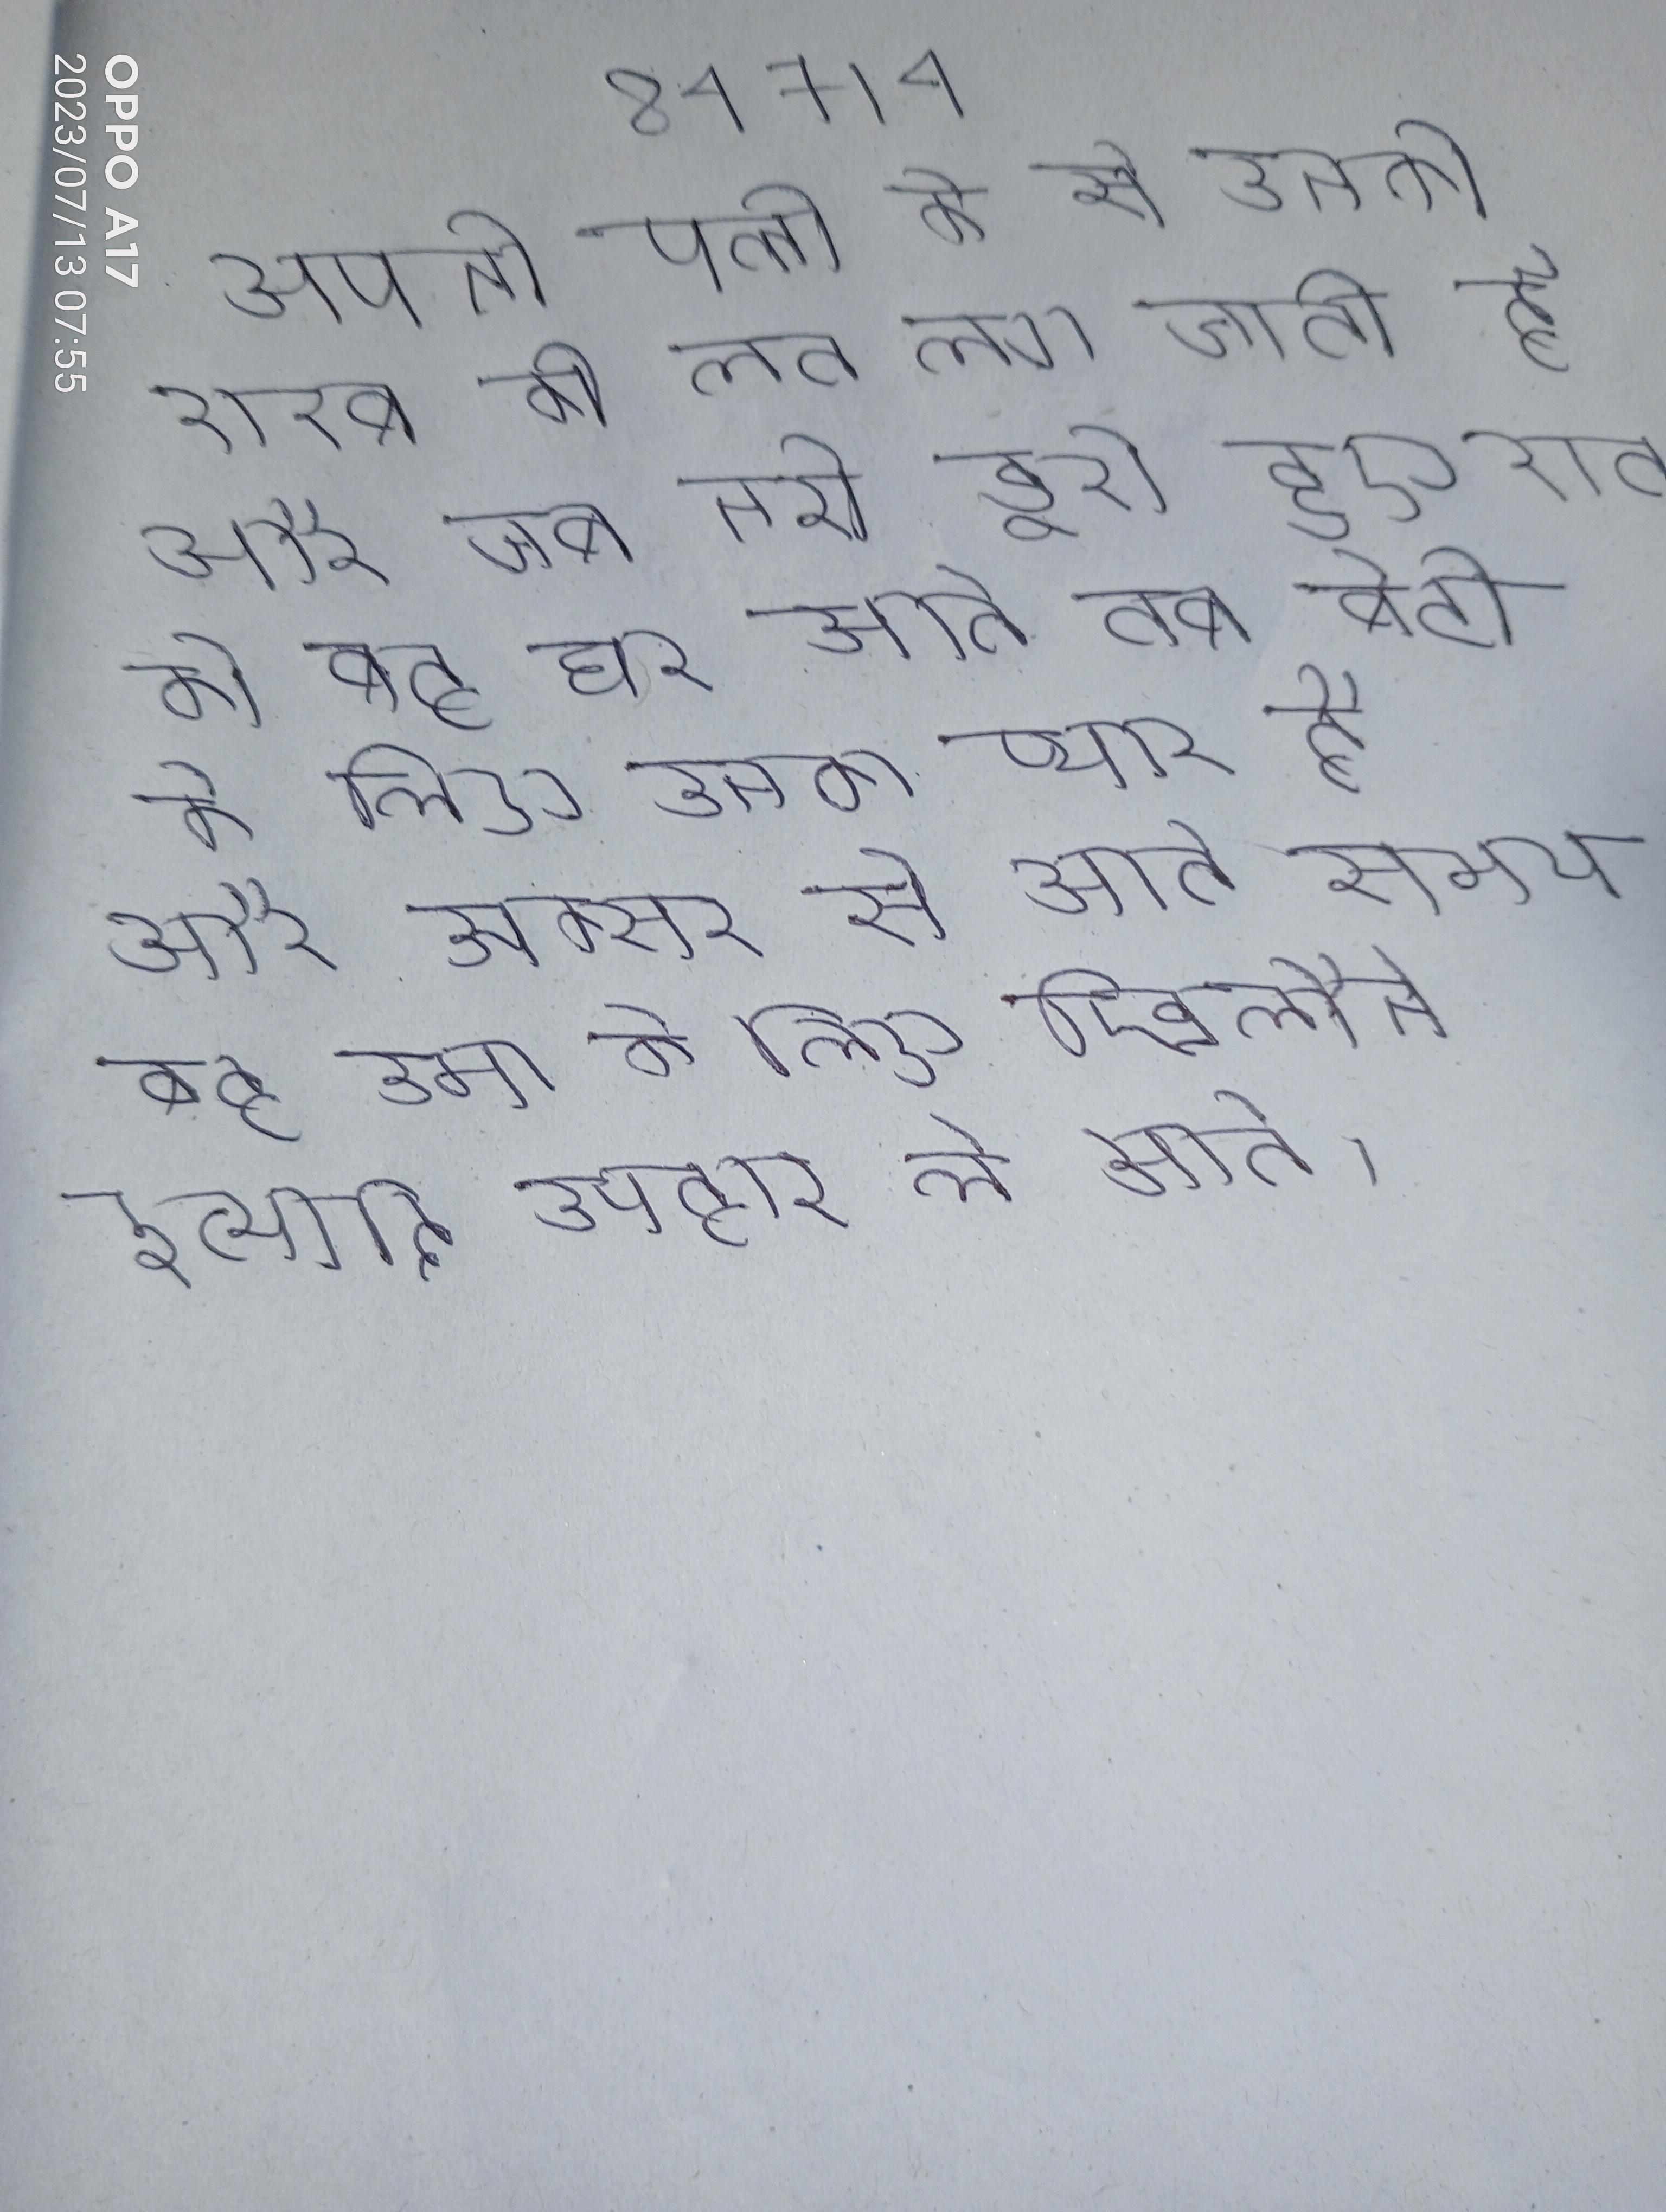
अपनी पत्नी के से उनको शराब की लत लग जाती है और जब नशे डूबे हुए रात को वह घर आते तब बेटी के लिए उनका प्यार है और अक्सर से आते समय वह उमा के लिए खिलौने इत्यादि उपहार ले आते ।